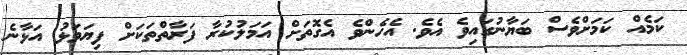
ކަމެއް ކަމަށްވެސް ބަޔާނުގައިވެ އެވެ. އެހެންވެ އެގޮތަށް އަމަލުކުރާ ފަރާތްތަކަށް ފިޔަވަޅު އަޅާނެ